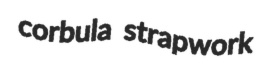
corbula strapwork